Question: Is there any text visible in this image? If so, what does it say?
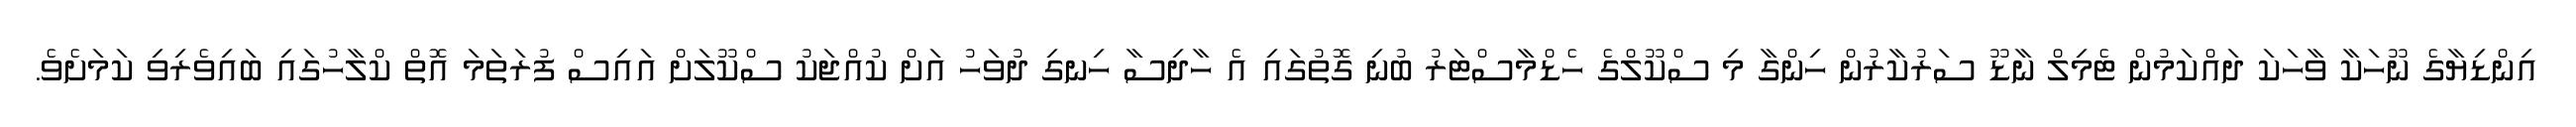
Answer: އިންޑިޔާގެ ނޫހަކާ ވާހަކަ ދައްކަމުން ޓެމިލް ނާޑޫ ސަރުކާރުން ހިންގާ މި ސްކޫލްގެ ހެޑްމާސްޓަރު ބުނި ގޮތުގައި އެ ހާދިސާ ހިނގި ދުވަހު އަށް ކުއްޖަކު ސްކޫލަށް އައިސް ފުރަތަމަ އޮތް ކްލާހުގައި ބައިވެރިވި ކަމަށެވެ.